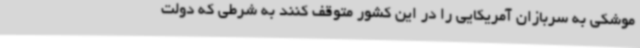
موشکی به سربازان آمریکایی را در این کشور متوقف کنند به شرطی که دولت